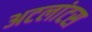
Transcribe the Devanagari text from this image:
अटलांटस